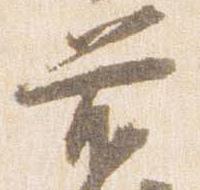
前